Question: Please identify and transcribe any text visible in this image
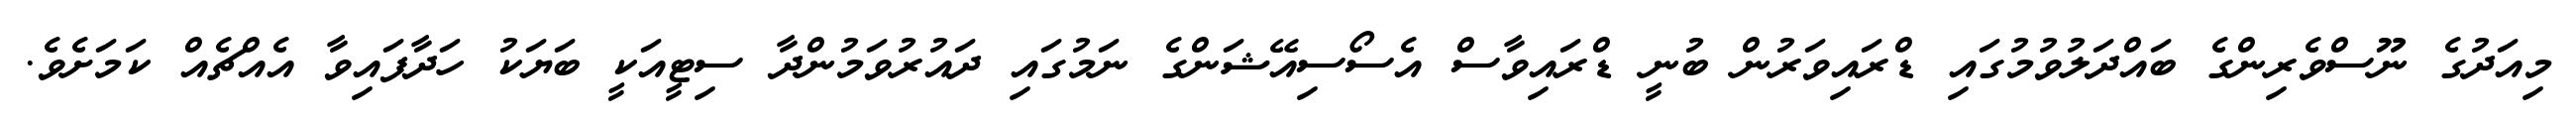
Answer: މިއަދުގެ ނޫސްވެރިންގެ ބައްދަލުވުމުގައި ޑްރައިވަރުން ބުނީ ޑްރައިވާސް އެސޯސިއޭޝަންގެ ނަމުގައި ދައުރުވަމުންދާ ސިޓީއަކީ ބަޔަކު ހަދާފައިވާ އެއްޗެއް ކަމަށެވެ.